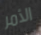
الأمر